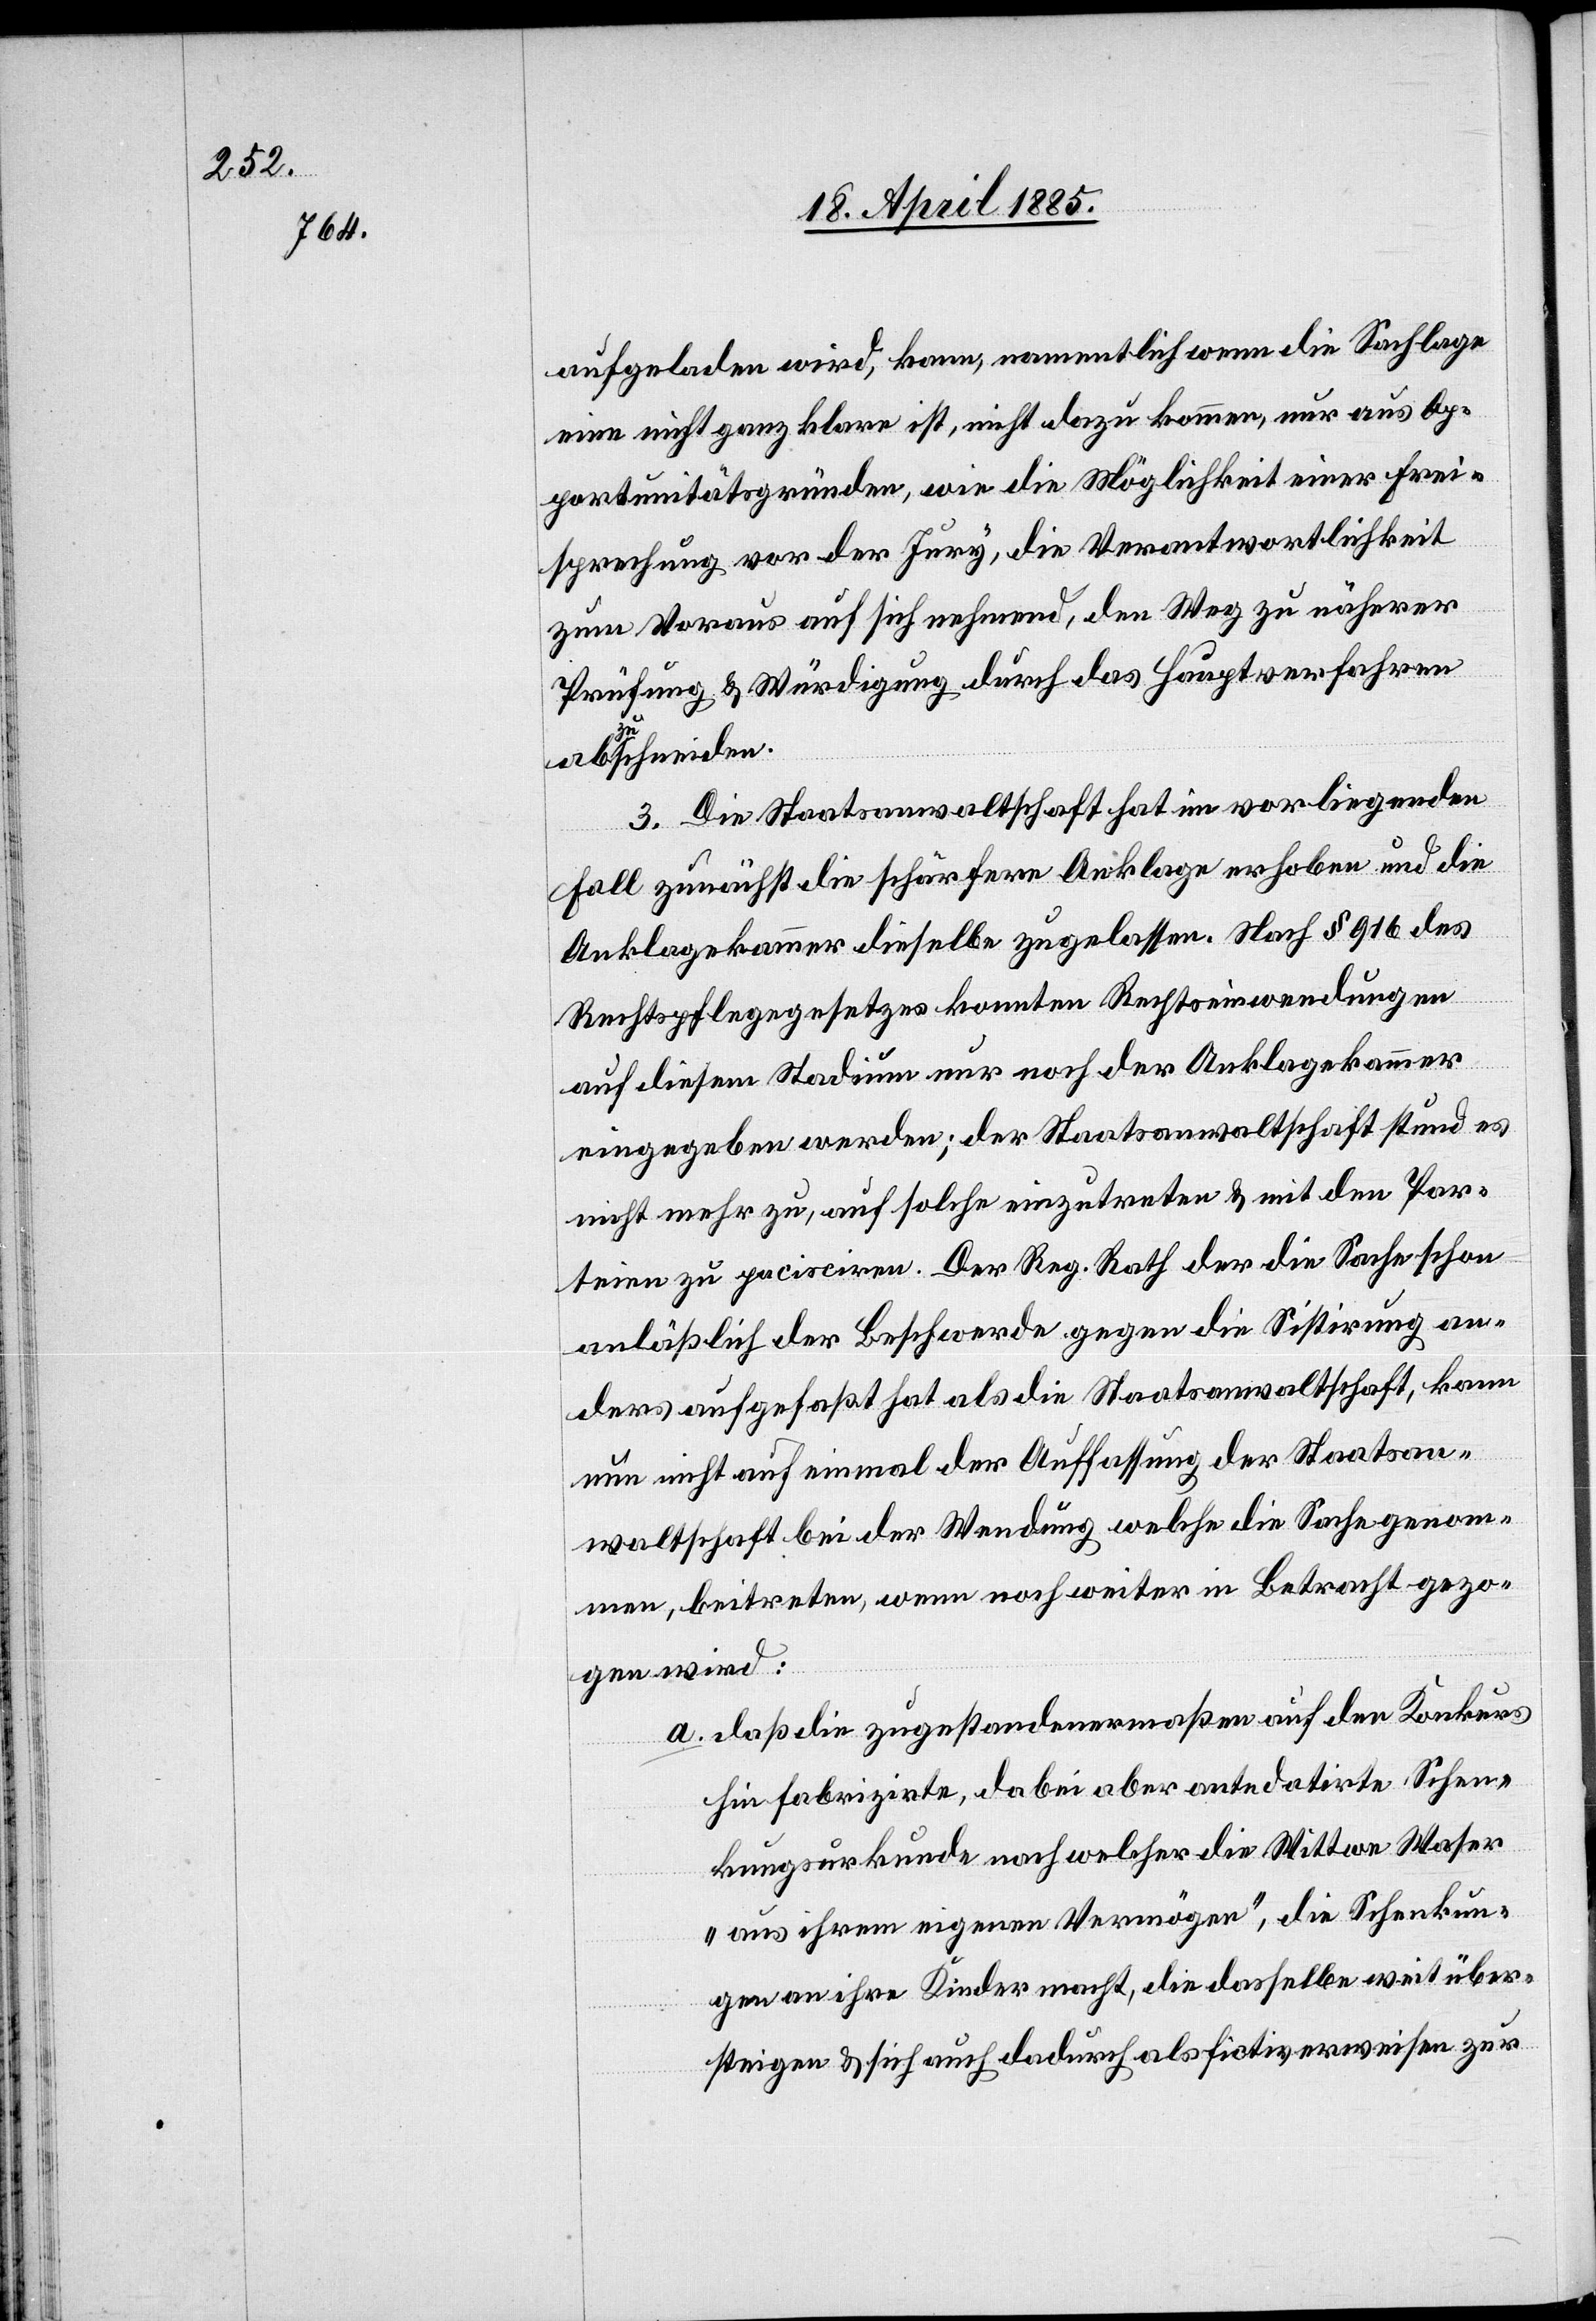
aufgeladen wird, kann, namentlich wenn die Sachlage
eine nicht ganz klare ist, nicht dazu kommen, nur aus Op¬
portunitätsgründen, wie die Möglichkeit einer Frei¬
sprechung vor der Jury, die Verantwortlichkeit
zum Voraus auf sich nehmend, den Weg zu näherer
Prüfung & Würdigung durch das Hauptverfahren
abzuschneiden.
3. Die Staatsanwaltschaft hat im vorliegenden
Fall zunächst die schärfere Anklage erhoben und die
Anklagekammer dieselbe zugelassen. Nach § 916 des
Rechtspflegegesetzes konnten Rechtseinwendungen
auf diesem Stadium nur noch der Anklagekammer
eingegeben werden; der Staatsanwaltschaft stund es
nicht mehr zu, auf solche einzutreten & mit den Par¬
teien zu parcisciren. Der Reg. Rath der die Sache schon
anläßlich der Beschwerde gegen die Sistirung an¬
ders aufgefaßt hat als die Staatsanwaltschaft, kann
nun nicht auf einmal der Auffassung der Staatsan¬
waltschaft bei der Wendung welche die Sache genom¬
men, beitreten, wenn noch weiter in Betracht gezo¬
gen wird:
a. daß die zugestandenermaßen auf den Konkurs
hin fabrizirte, dabei aber ante datirte Schen¬
kungsurkunde nach welcher die Wittwe Waser
„aus ihrem eigenen Vermögen“, die Schenkun¬
gen an ihre Kinder macht, die dasselbe weit über¬
steigen & sich auch dadurch als fictiv erweisen zur